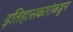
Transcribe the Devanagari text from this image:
इतिहासकारांकडून